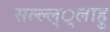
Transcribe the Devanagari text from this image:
सल्ल्ल््लाहु